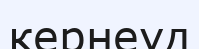
кернеуд